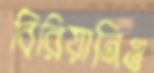
বিরিয়ানিও